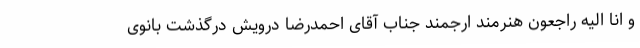
و انا الیه راجعون هنرمند ارجمند جناب آقای احمدرضا درویش درگذشت بانوی